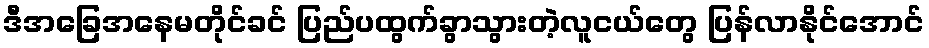
ဒီအခြေအနေမတိုင်ခင် ပြည်ပထွက်ခွာသွားတဲ့လူငယ်တွေ ပြန်လာနိုင်အောင်